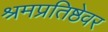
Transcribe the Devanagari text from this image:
श्रमप्रतिष्ठेवर